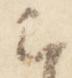
云